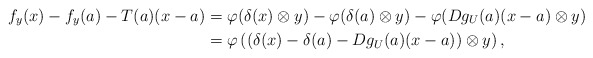
\begin{align*}f_y(x)-f_y(a)-T(a)(x-a)&=\varphi(\delta(x)\otimes y)-\varphi(\delta(a)\otimes y)-\varphi(Dg_U(a)(x-a)\otimes y) \\&=\varphi\left((\delta(x)-\delta(a)-Dg_U(a)(x-a))\otimes y\right),\end{align*}